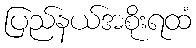
ပြည်နယ်အစိုးရထံ